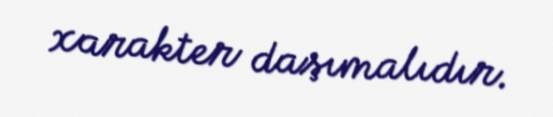
xarakter daşımalıdır.